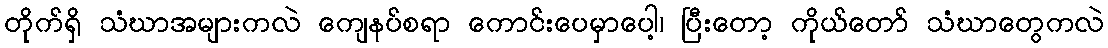
တိုက်ရှိ သံဃာအများကလဲ ကျေနပ်စရာ ကောင်းပေမှာပေါ့၊ ပြီးတော့ ကိုယ်တော် သံဃာတွေကလဲ